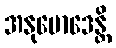
အနုမောဒေန္တိ